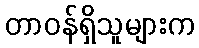
တာဝန်ရှိသူများက